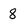
Character: 8